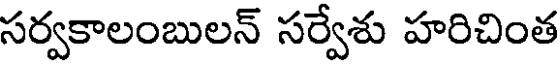
సర్వకాలంబులన్ సర్వేశు హరిచింత